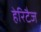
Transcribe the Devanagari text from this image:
हेरिटैज